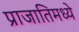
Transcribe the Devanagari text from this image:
प्राजातिमध्ये